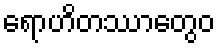
ရောဟိတဿာတွေဝ